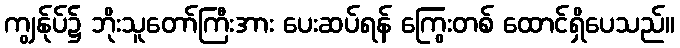
ကျွန်ုပ်၌ ဘိုးသူတော်ကြီးအား ပေးဆပ်ရန် ကြွေးတစ် ထောင်ရှိပေသည်။